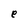
Character: e